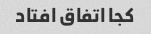
کجا اتفاق افتاد